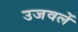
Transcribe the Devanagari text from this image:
उजवलें